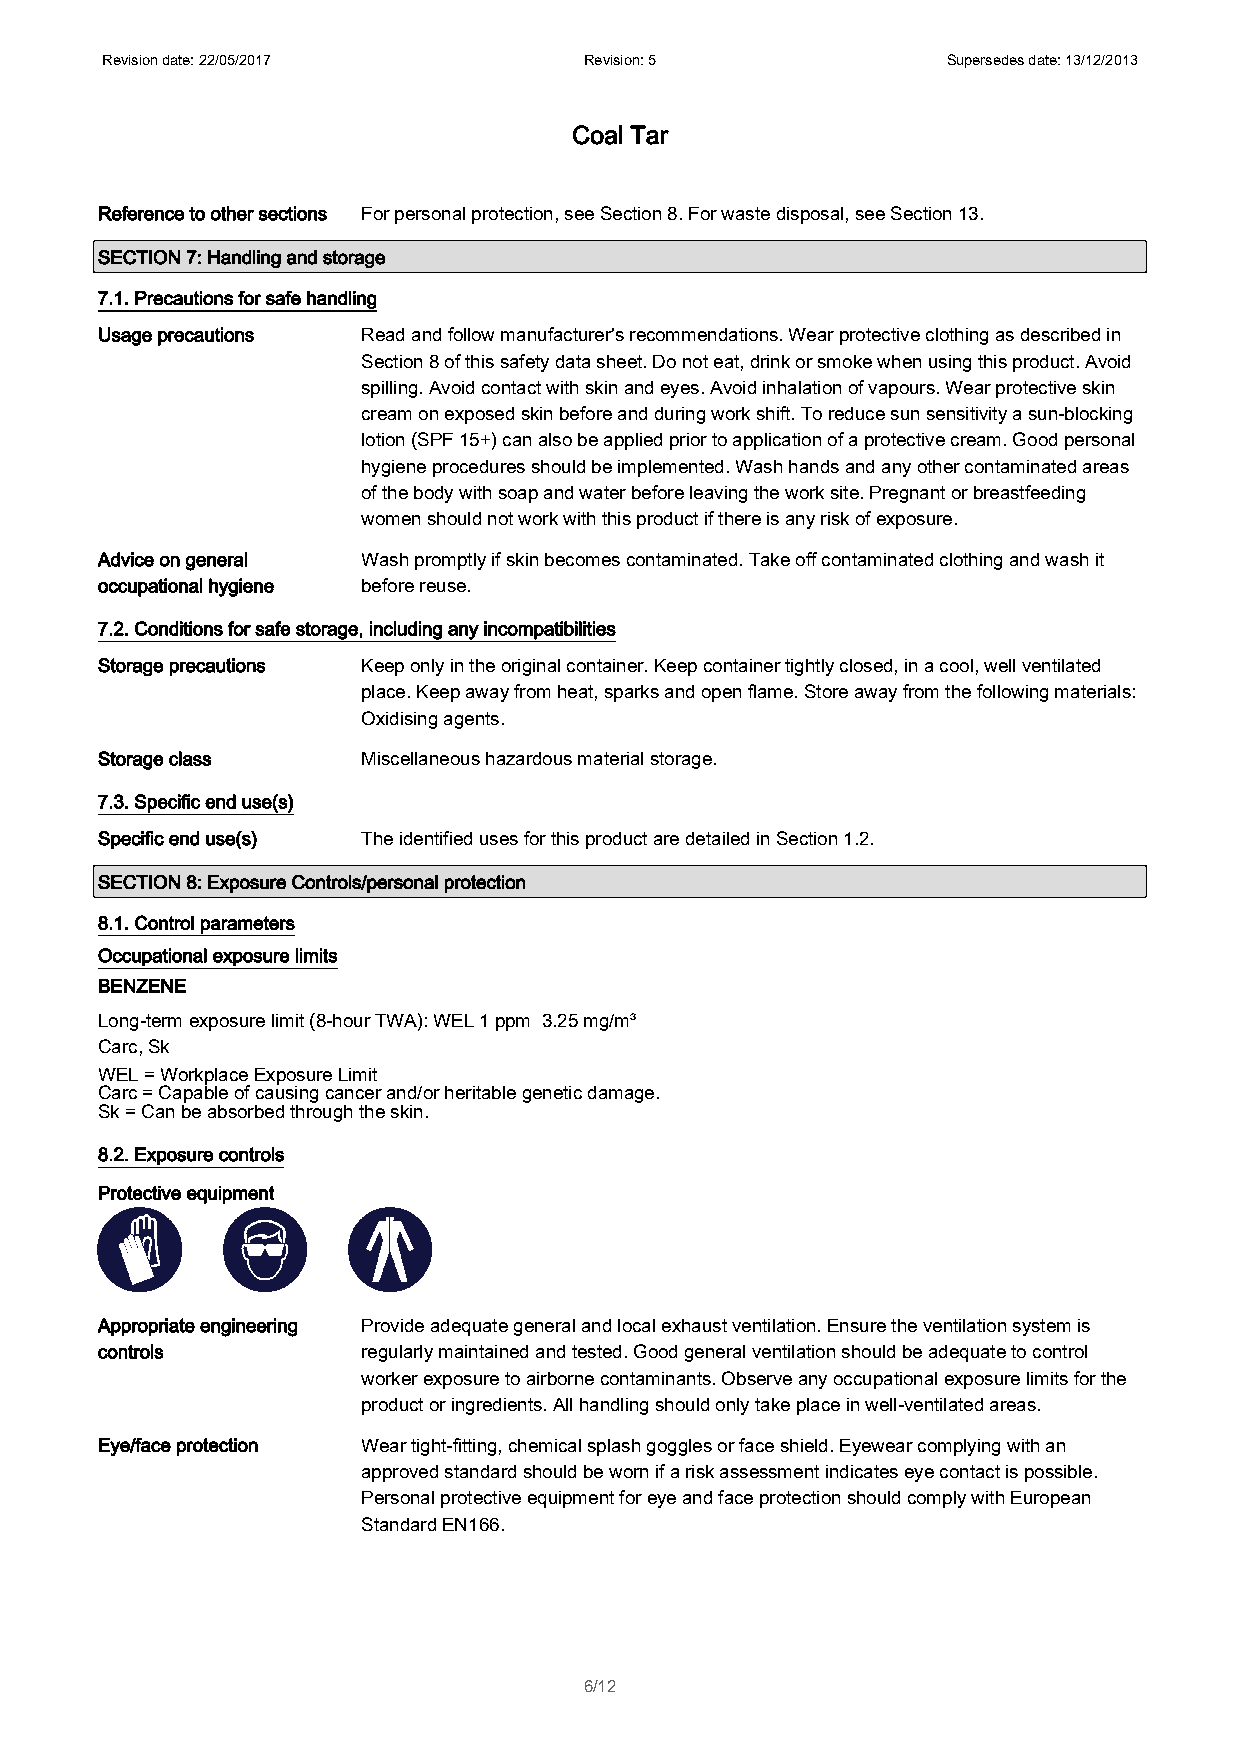
Revision date: 22/05/2017       Revision: 5             Supersedes date: 13/12/2013
 Coal Tar
 Reference to other sections For personal protection, see Section 8. For waste disposal, see Section 13.
 SECTION 7: Handling and storage
 7.1. Precautions for safe handling
 Usage precautions Read and follow manufacturer's recommendations. Wear protective clothing as described in
 Section 8 of this safety data sheet. Do not eat, drink or smoke when using this product. Avoid
 spilling. Avoid contact with skin and eyes. Avoid inhalation of vapours. Wear protective skin
 cream on exposed skin before and during work shift. To reduce sun sensitivity a sun-blocking
 lotion (SPF 15+) can also be applied prior to application of a protective cream. Good personal
 hygiene procedures should be implemented. Wash hands and any other contaminated areas
 of the body with soap and water before leaving the work site. Pregnant or breastfeeding
 women should not work with this product if there is any risk of exposure.
 Advice on general Wash promptly if skin becomes contaminated. Take off contaminated clothing and wash it
 occupational hygiene before reuse.
 7.2. Conditions for safe storage, including any incompatibilities
 Storage precautions Keep only in the original container. Keep container tightly closed, in a cool, well ventilated
 place. Keep away from heat, sparks and open flame. Store away from the following materials:
 Oxidising agents.
 Storage class     Miscellaneous hazardous material storage.
 7.3. Specific end use(s)
 Specific end use(s) The identified uses for this product are detailed in Section 1.2.
 SECTION 8: Exposure Controls/personal protection
 8.1. Control parameters
 Occupational exposure limits
 BENZENE
 Long-term exposure limit (8-hour TWA): WEL 1 ppm 3.25 mg/m³
 Carc, Sk
 WEL = Workplace Exposure Limit
 Carc = Capable of causing cancer and/or heritable genetic damage.
 Sk = Can be absorbed through the skin.
 8.2. Exposure controls
 Protective equipment
 Appropriate engineering Provide adequate general and local exhaust ventilation. Ensure the ventilation system is
 controls          regularly maintained and tested. Good general ventilation should be adequate to control
 worker exposure to airborne contaminants. Observe any occupational exposure limits for the
 product or ingredients. All handling should only take place in well-ventilated areas.
 Eye/face protection Wear tight-fitting, chemical splash goggles or face shield. Eyewear complying with an
 approved standard should be worn if a risk assessment indicates eye contact is possible.
 Personal protective equipment for eye and face protection should comply with European
 Standard EN166.
 6/12